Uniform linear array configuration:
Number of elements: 4
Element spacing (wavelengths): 0.75
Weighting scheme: exponential
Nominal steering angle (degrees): -60
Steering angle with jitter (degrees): -58.053
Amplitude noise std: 0.05
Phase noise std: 0.05

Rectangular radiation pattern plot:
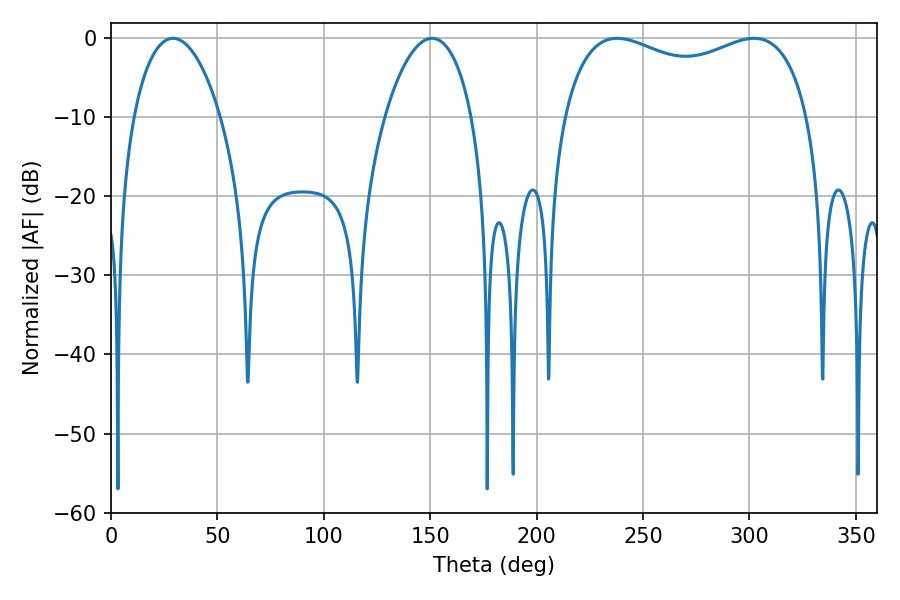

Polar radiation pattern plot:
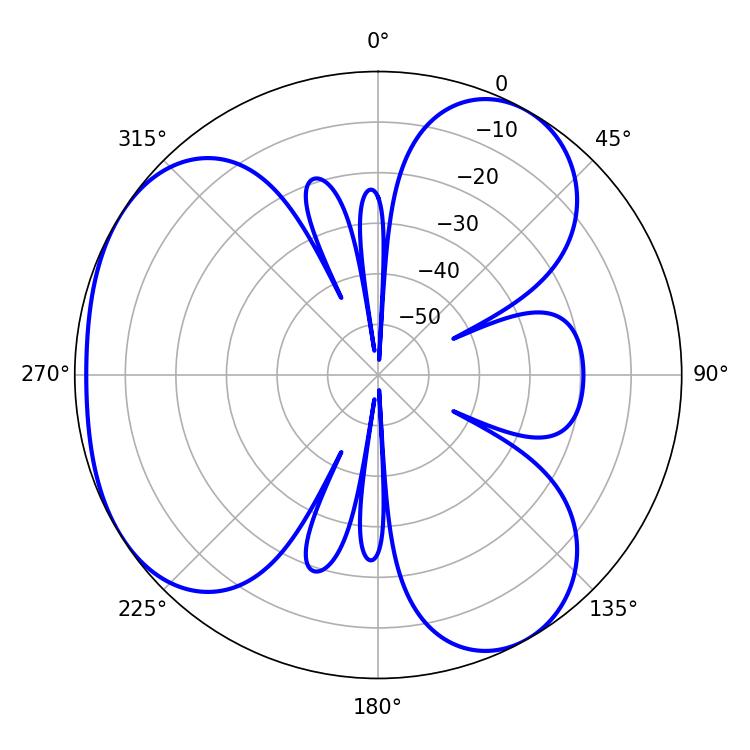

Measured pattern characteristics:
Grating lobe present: TRUE
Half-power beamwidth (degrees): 23.04
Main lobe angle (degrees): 29.16